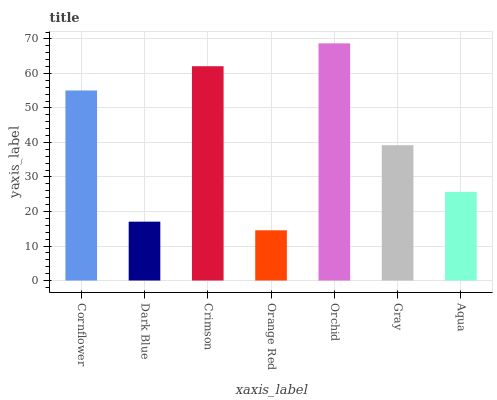
| xaxis_label | bars |
 | --- | --- |
 | Cornflower | 55.1 |
 | Dark Blue | 17.1 |
 | Crimson | 62.1 |
 | Orange Red | 14.6 |
 | Orchid | 68.7 |
 | Gray | 39.2 |
 | Aqua | 25.7 |